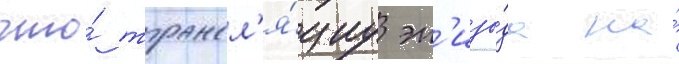
что́ трансл'я́циу эп'изо́да на́